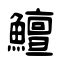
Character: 鱣